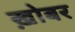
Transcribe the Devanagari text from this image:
ख़ोबर